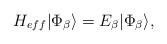
LaTeX: \begin{align*}{H_{eff}} |\Phi_{\beta}\rangle = E_{\beta} | \Phi_{\beta}\rangle, \end{align*}